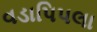
વડાપિપલા